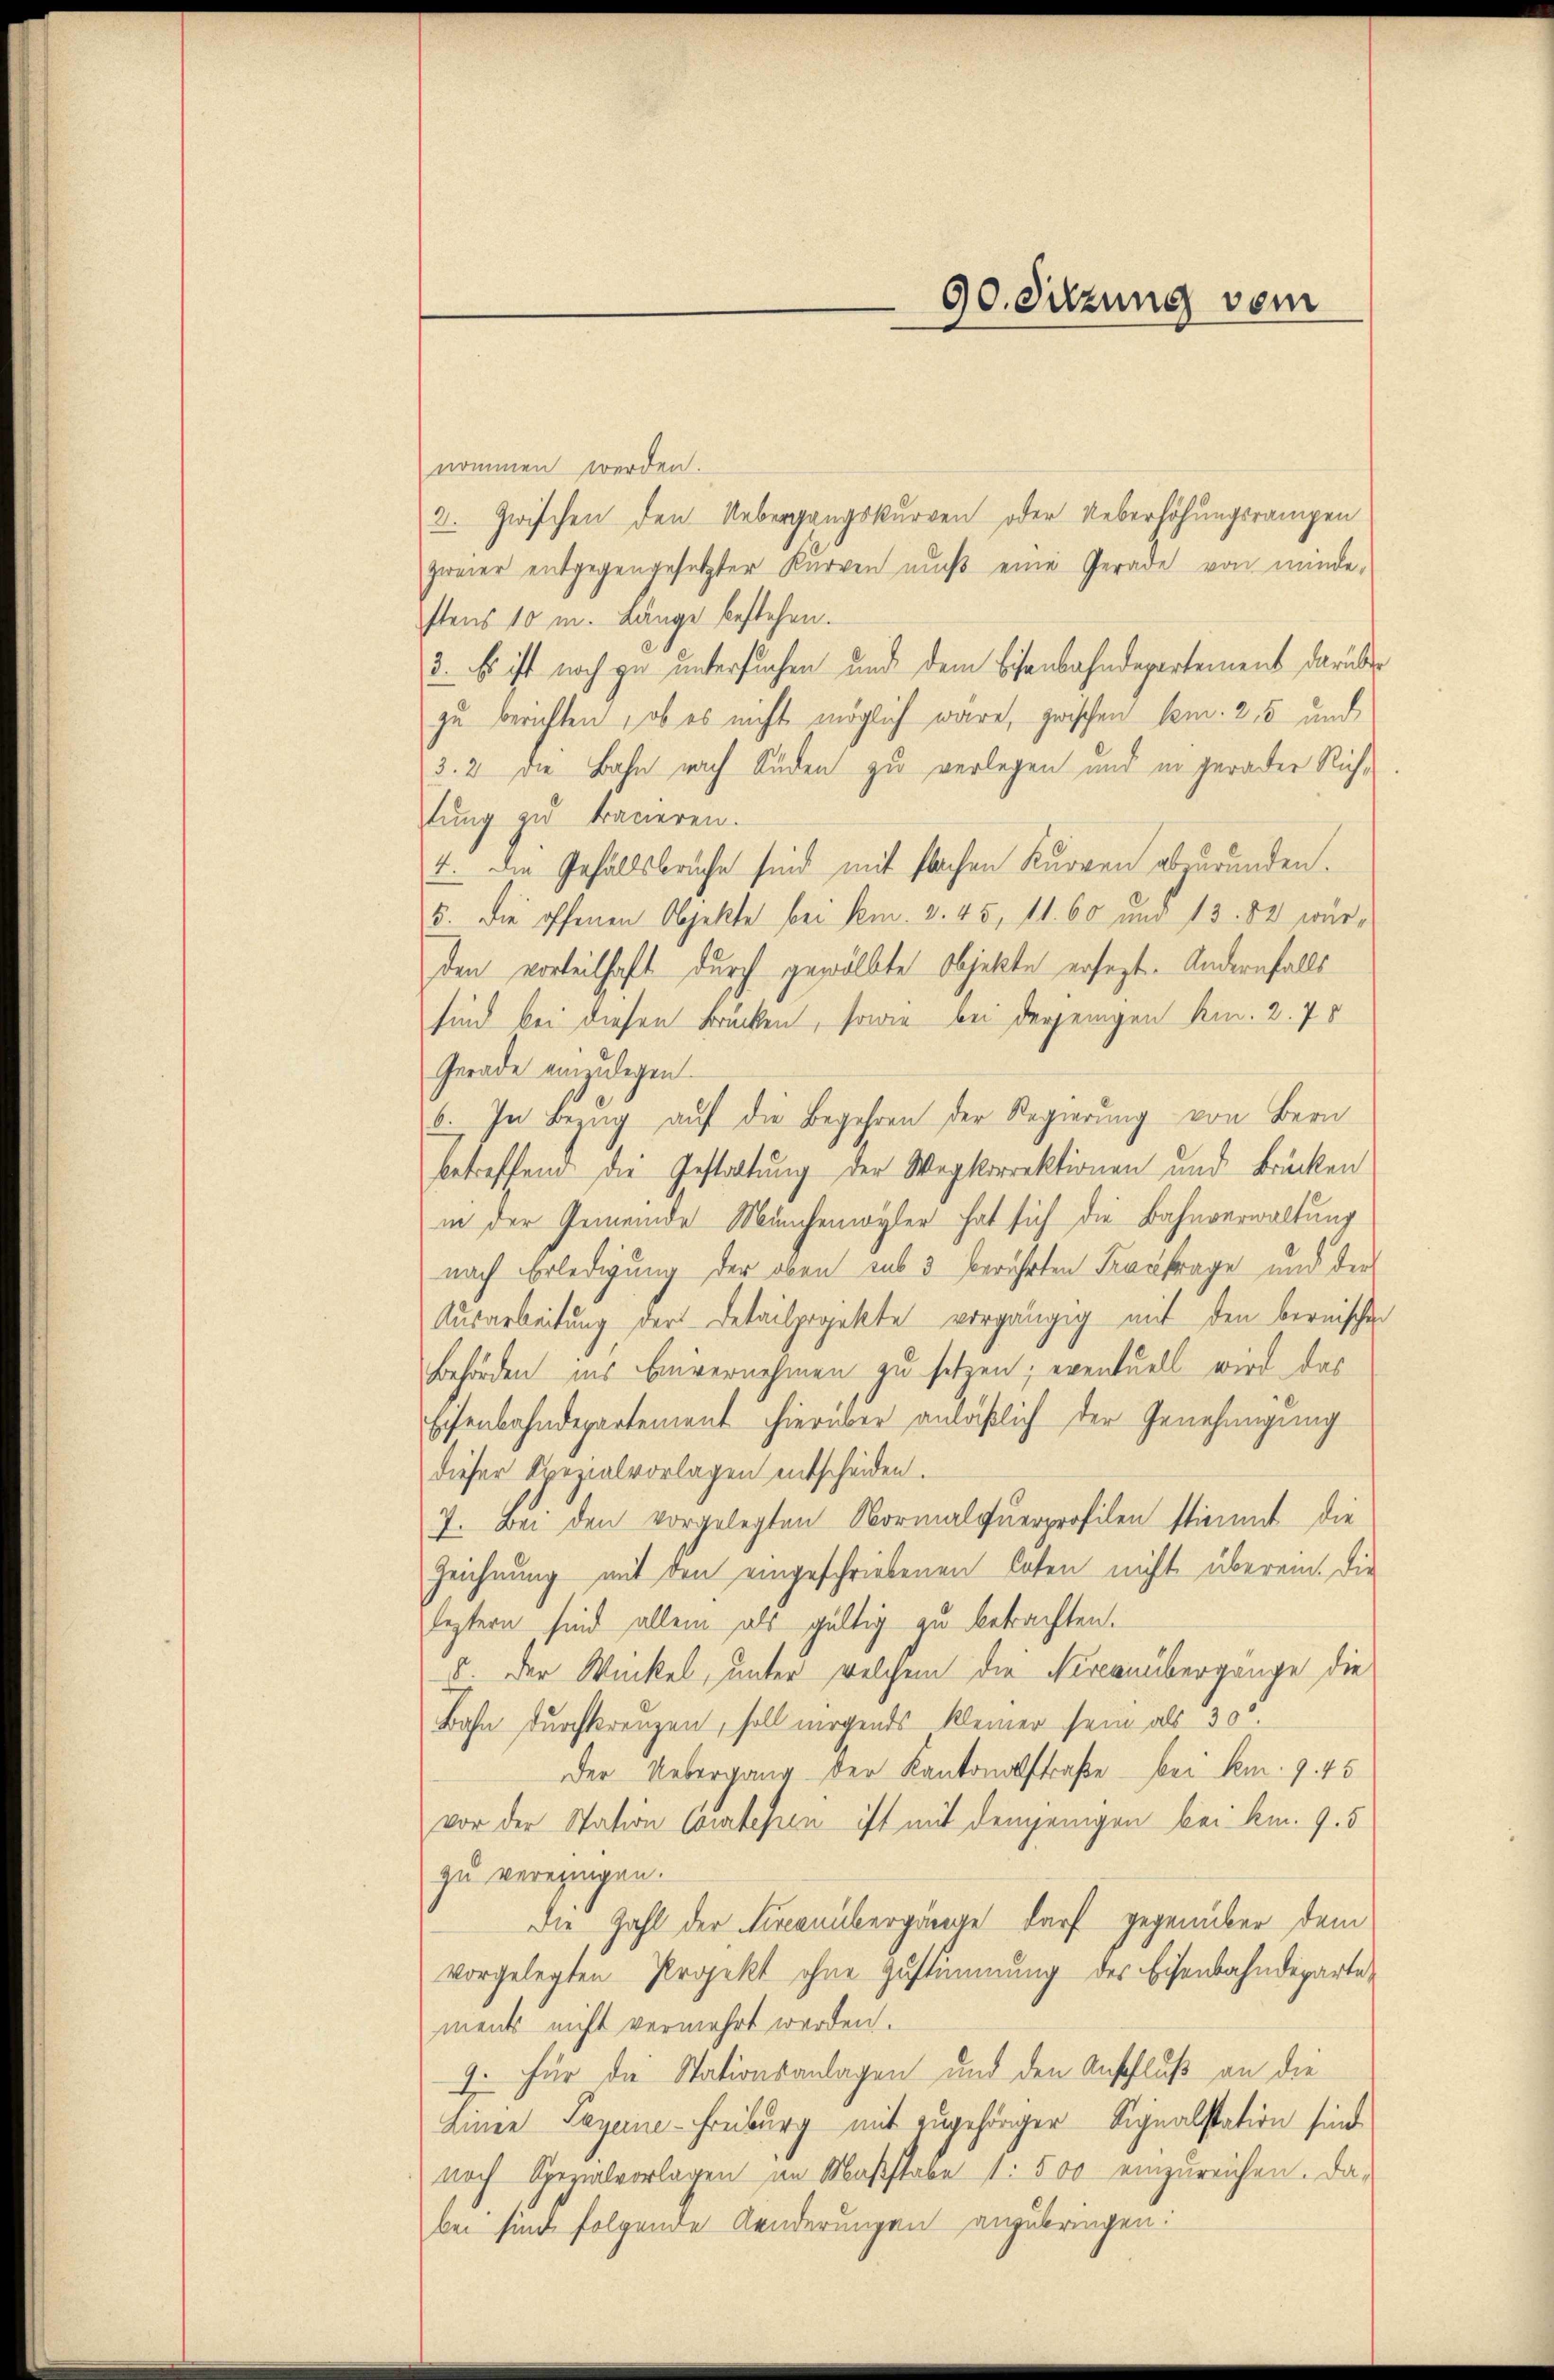
90. Sitzung vom

nommen werden.
2. Zwischen den Uebergangskurven oder Ueberhöhungsrampen
zweier entgegengesetzter Kurven muß eine Gerade von minde-
stens 10 m. Länge bestehen.
3. Es ist noch zu untersuchen und dem Bisenbahndepartement darüber
zu berichten, ob es nicht möglich wäre, zwischen Com. 2, 5 und
3. 2 die Bahn nach Süden zu verlegen und in gerader Richtung zu tracieren.
4. Die Gefällsbruche sind mit flachen Kurven abzurunden.
5. Die offenen Objekte bei Am. 3. 45, 11. 60 und 13. 82 wurden vorteilhaft durch gewölbte Objekte ersezt. Andernfalls
sind bei diesen Brücken, sowie bei derjenigen Kin. 2.70
Gerade einzulegen.
6. In Bezug auf die Begehren der Regierung von Bern
betreffend die Gestaltung der Wegkorrektionen und Brücken
in der Gemeinde Münchenwyler hat sich die Bahnverwaltung
nach Erledigung der oben sub 3 berührten Frau frage und der
Ausarbeitung der Detailprojekte vorgängig mit den bernischen
Behörden ins Einvernehmen zu setzen; eventuell wird das
Eisenbahndepartement hierüber anläßlich der Genehmigung
dieser Spezialvorlagen entscheiden.
7. Bei den vorgelegten Normalquerprofilen stimmt die
Zeichnung mit den eingeschriebenen loten nicht überein. Die
leztern sind allein als gültig zu betrachten.
. Der Winkel, unter welchem die Forcanübergange die
Bahn durchkreuzen, soll nirgends kleiner sein als 30.
Der Uebergang der Kantonalstraße bei km. 9. 45
vor der Station Coustehen ist mit demjenigen bei kn. 9. 5
zu vereinigen.
Die Zahl der Firconübergänge darf gegenüber dem
vorgelegten Projekt ohne Zustimmung des Eisenbahndeparte
ments nicht vermehrt werden.
9. Für die Stationsanlagen und den Anschluß an die
Linie Lagerne-Freiburg mit zugehöriger Signalstation sind
noch Sperialvorlagen im Maßstabe 1. 500 einzureichen. Da-
bei sind folgende Aenderungen anzubringen: